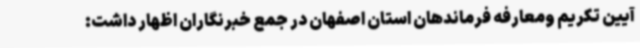
آیین تکریم ومعارفه فرماندهان استان اصفهان در جمع خبرنگاران اظهار داشت: